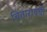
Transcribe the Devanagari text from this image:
चितारायची